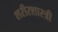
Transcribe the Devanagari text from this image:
शरीरशास्त्री